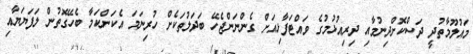
މައުލޫމާތުދީ ދަސްކޮށްދިނުމާއި ދިރިއުޅުމުގެ ވައްޓަފާޅިއަށް ގެންނަންޖެހޭ ބަދަލުތަކެށް ހުރިނަމަ އެކަންކަމާ ބެހޭގޮތުން ލަފަޔަޔާއި